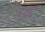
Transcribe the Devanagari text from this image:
गुबद